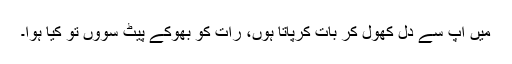
میں آپ سے دل کھول کر بات کرپاتا ہوں، رات کو بھوکے پیٹ سوؤں تو کیا ہوا۔